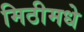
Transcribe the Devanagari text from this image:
मिठीमधे